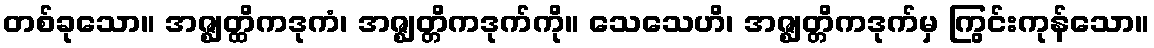
တစ်ခုသော။ အဇ္ဈတ္ထိကဒုကံ၊ အဇ္ဈတ္တိကဒုက်ကို။ သေသေဟိ၊ အဇ္ဈတ္တိကဒုက်မှ ကြွင်းကုန်သော။